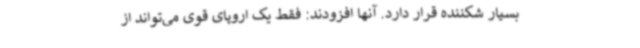
بسیار شکننده قرار دارد. آنها افزودند: فقط یک اروپای قوی می‌تواند از